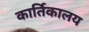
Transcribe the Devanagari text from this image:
कार्तिकालय